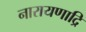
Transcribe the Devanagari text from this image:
नारायणाद्रि